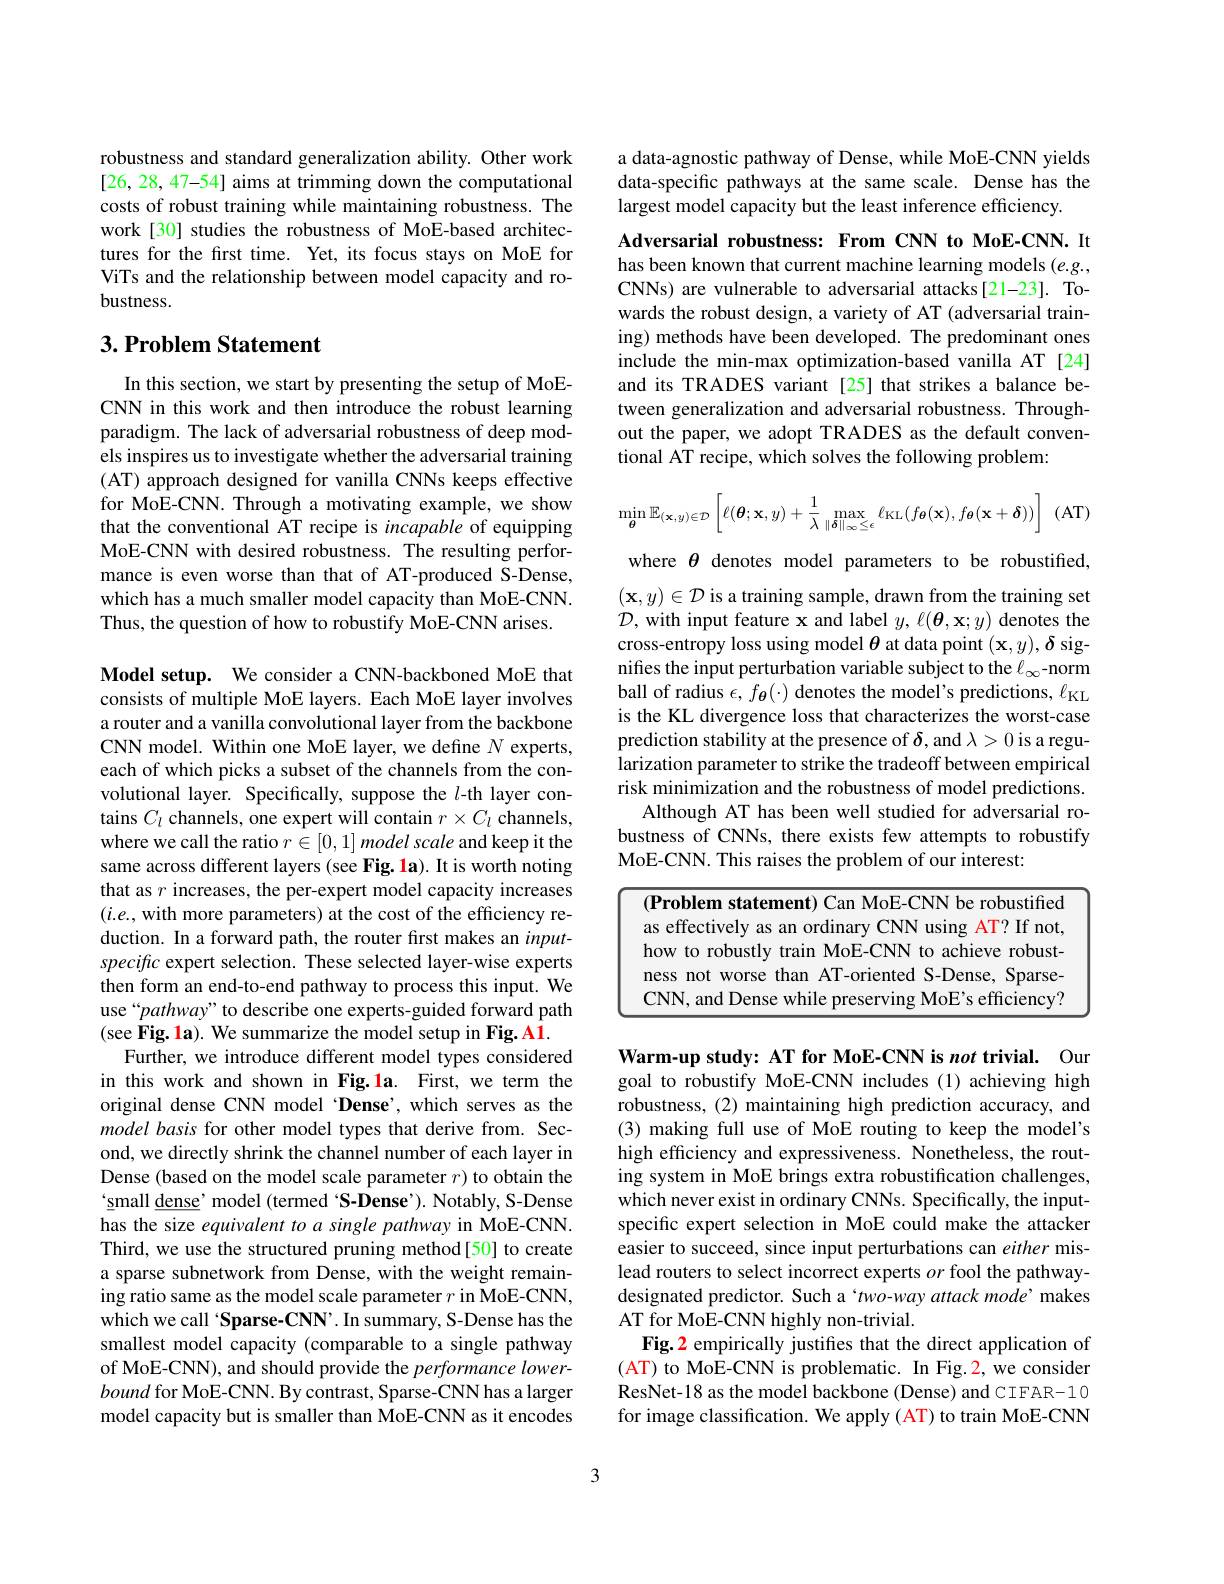
robustness and standard generalization ability. Other work [26, 28, 47-54] aims at trimming down the computational costs of robust training while maintaining robustness. The work[30] studies the robustness of MoE-based architectures for the first time. Yet, its focus stays on MoE for ViTs and the relationship between mode bustness.

## $3. \textbf{Problem Statement}$

In this section, we start by presenting the setup of MoECNN in this work and then introduce the robust learning paradigm. The lack of adversarial robustness of deep models inspires us to investigate whether (AT) approach designed for vanilla CNNs keeps effective for MoE-CNN. Through a motivating example, we show that the conventional AT recipe is incapable of equipping MoE-CNN with desired robustness. The resulting performance is even worse than that of AT-produced S-Dense, which has a much smaller model capacit Thus, the question of how to robustify MoE-CNN arises.

Model setup. We consider a CNN-backboned MoE that consists of multiple MoE layers. Each MoE layer involves a router and a vanilla convolutional layer from the backbone CNN model. Within one MoE layer, we define $N$ experts, each of which picks a subset of the ch volutional layer. Specifically, suppose the $l$-th layer contains $C_l$ channels, one expert will contain $r\times C_l$ channels, where we call the ratio $r\in [ 0, 1] \textit{model scale and keep it the}$ same across different layers (see Fig. 1a). It is worth noting that as $r$ increases, the per-expert model capacity increases $(i.e.$, with more parameters) at the cost of the efficiency reduction. In a forward path, the router first makes an $input-$ specific expert selection. These selected layer-wise experts then form an end-to-end pathway to process this input. We use“pathway” to describe one experts-g (see Fig. 1a). We summarize the model setup in Fig. A1.
Further, we introduce different model types considered in this work and shown in Fig.1a. First, we term the original dense CNN model 'Dense',which serves as the model basis for other model types that derive from. Second, we directly shrink the channel number of each layer in Dense (based on the model scale parameter $r$) to obtain the $`\underline{\mathrm{small~}}\underline{\mathrm{dense'~model~(termed~(S-Dense').~Notably,~S-Dense}}$ has the size equivalent to a single pathway in MoE-CNN. Third, we use the structured pruning m a sparse subnetwork from Dense, with the weight remaining ratio same as the model scale parameter $r$ in MoE-CNN, which we call 'Sparse-CNN'. In summary, S-Dense has the smallest model capacity (comparable to a single pathway of MoE-CNN), and should provide the performance lowerbound for MoE-CNN. By contrast, Sparse-CNN has a larger model capacity but is smaller than MoE-CNN as it encodes

a data-agnostic pathway of Dense, while MoE-CNN yields data-specific pathways at the same scale. Dense has the largest model capacity but the least i

Adversarial robustness: From CNN to MoE-CNN. It has been known that current machine learning models (e.g., CNNs) are vulnerable to adversarial at wards the robust design, a variety of AT (adversarial training) methods have been developed. The predominant ones include the min-max optimization-based vanilla AT [24] and its TRADES variant [25] that strikes a balance between generalization and adversarial robustness. Throughout the paper, we adopt TRADES as the default conventional AT recipe, which solves the following problem:

(AT)
$$\min_{\boldsymbol{\theta}}\mathbb{E}_{(\mathbf{x},y)\in\mathcal{D}}\left[\ell(\boldsymbol{\theta};\mathbf{x},y)+\frac{1}{\lambda}\max_{\|\boldsymbol{\delta}\|_{\infty}\leq\epsilon}\ell_{\mathrm{KL}}(f_{\boldsymbol{\theta}}(\mathbf{x}),f_{\boldsymbol{\theta}}(\mathbf{x}+\boldsymbol{\delta}))\right]$$
where $\theta$ denotes model parameters to be robustified, $(\mathbf{x},y)\in\mathcal{D}$ is a training sample, drawn from the training set $\mathcal{D}$, with input feature x and label $y,\ell(\boldsymbol{\theta},\mathbf{x};y)$ denotes the cross-entropy loss using model $\theta$ at data point $(\mathbf{x},y),\boldsymbol{\delta}$ signifies the input perturbation variable subject to the $\ell_\infty$-norm ball of radius $\epsilon,f_{\boldsymbol{\theta}}(\cdot)$ denotes is the KL divergence loss that characterizes the worst-case prediction stability at the presence of $\delta$,and $\lambda>0$ is a regularization parameter to strike the tradeoff between empirical risk minimization and the robustness o
Although AT has been well studied for adversarial robustness of CNNs, there exists few attempts to robustify MoE-CNN. This raises the problem of our interest:

<table>
	<tbody>
		<tr>
			<td> </td>
			<td>roblem statement) Can MoE-CNN be robus effectively as an ordinary CNN using g AT? If not</td>
		</tr>
		<tr>
			<td> </td>
			<td>e than AT-oriented S-Dense, Sparse ss not v Worse</td>
		</tr>
		<tr>
			<td> </td>
			<td>NN, and Dense while preserving MoE's efficiency</td>
		</tr>
	</tbody>
</table>

Warm-up study: AT for MoE-CNN is not trivial. Our goal to robustify MoE-CNN includes (1) achieving high robustness, (2) maintaining high prediction accuracy, and (3) making full use of MoE routing to keep the model's high efficiency and expressiveness. Nonetheless, the routing system in MoE brings extra robustification challenges, which never exist in ordinary CNNs. Specifically, the inputspecific expert selection in MoE could make the attacker easier to succeed, since input perturb lead routers to select incorrect experts $or$ fool the pathwaydesignated predictor. Such a‘two-way attack mode’ makes AT for MoE-CNN highly non-trivial.
Fig. 2 empirically justifes that the direct application of (AT) to MoE-CNN is problematic. In Fig.2, we consider ResNet-18 as the model backbone (Dense) and CIFAR-10 for image classification. We apply (AT) to train MoE-CNN

3